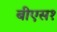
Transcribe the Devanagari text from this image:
बीएस१